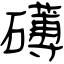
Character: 礡